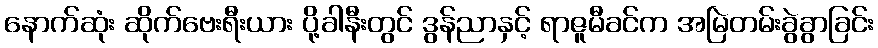
နောက်ဆုံး ဆိုက်ဗေးရီးယား ပို့ခါနီးတွင် ဒွန်ညာနှင့် ရာဇူမီခင်က အမြဲတမ်းခွဲခွာခြင်း